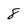
Character: 8